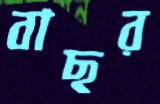
বাছর